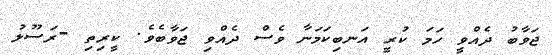
ޖަވާބު ދެއްވީ ހަމަ ކުރީ އަނބިކަމަނާ ވެސް ދެއްވި ޖަވާބެވެ. ކީރިތި -ރަސޫލު